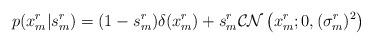
LaTeX: \begin{align*}p(x_{m}^{r}|s_{m}^{r})=(1-s_{m}^{r})\delta(x_{m}^{r})+s_{m}^{r}\mathcal{CN}\left(x_{m}^{r};0,(\sigma_{m}^{r})^{2}\right)\end{align*}